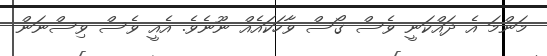
މަންމަ އެ ދައްކަނީ ވެސް ގޯސް ވާހަކައެއް ނޫނެވެ. އެއީ ވެސް ވިސްނަން